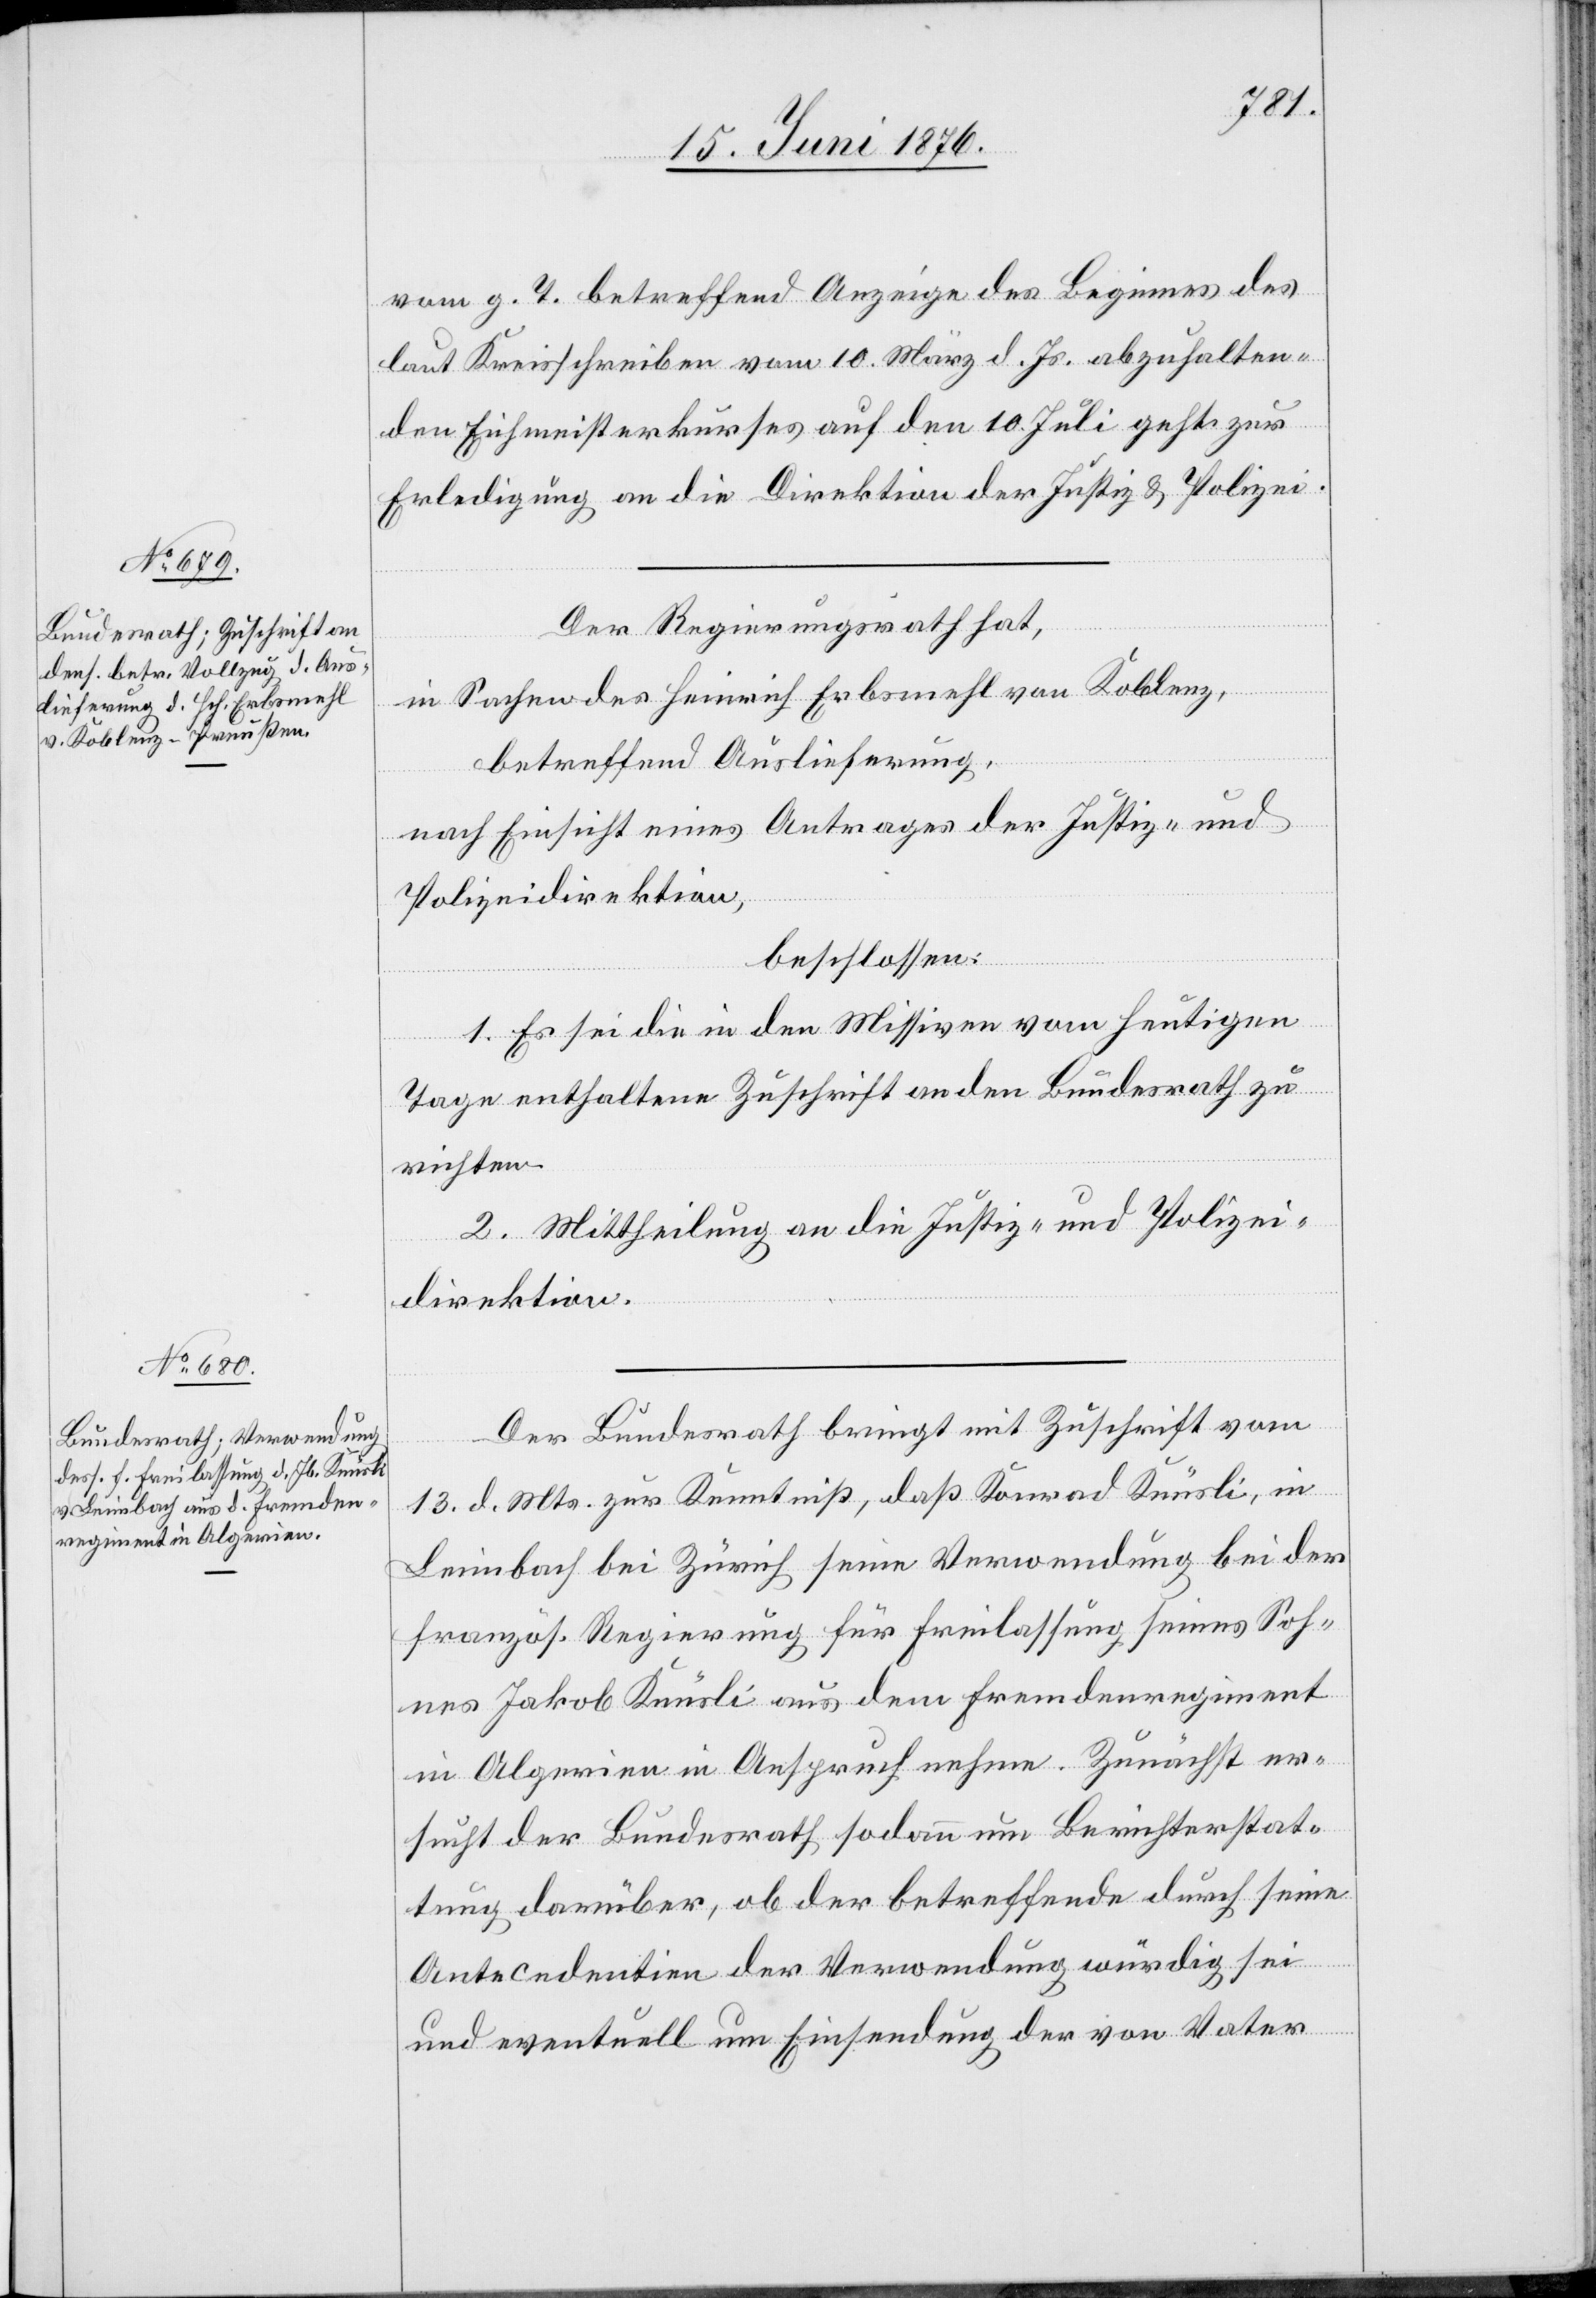
16. Juni 1876.]
vom g. T. betreffend Anzeige des Beginnes des
laut Kreisschreiben vom 10. März d. Js. abzuhalten¬
den Eichmeisterkurses auf den 10. Juli geht zur
Erledigung an die Direktion der Justiz & Polizei.
Der Regierungsrath hat,
in Sachen des Heinrich Erbsmehl von Koblenz,
betreffend Auslieferung,
nach Einsicht eines Antrages der Justiz- und
Polizeidirektion,
beschlossen:
1. Es sei die in den Missiven vom heutigen
Tage enthaltene Zuschrift an den Bundesrath zu
richten.
2. Mittheilung an die Justiz- und Polizei¬
direktion.
Der Bundesrath bringt mit Zuschrift vom
13. d. Mts. zur Kenntniß, daß Konrad Knüsli, in
Leimbach bei Zürich seine Verwendung bei der
französ. Regierung für Freilassung seines Soh¬
nes Jakob Knüsli aus dem Fremdenregiment
in Algerien in Anspruch nehme. Zunächst er¬
sucht der Bundesrath sodann um Berichterstat¬
tung darüber, ob der betreffende durch seine
Antecedencien der Verwendung würdig sei
und eventuell um Einsendung der von Vater